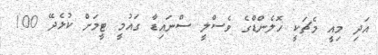
އަދި މިއީ މެޗަކީ ހޮލެންޑްގެ ވެސްލީ ސްނައިޑާ ގައުމީ ޓީމަށް ކުޅެދޭ 100